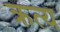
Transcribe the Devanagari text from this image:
क्रत्य